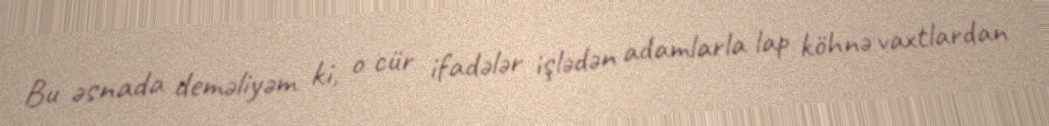
Bu əsnada deməliyəm ki, o cür ifadələr işlədən adamlarla lap köhnə vaxtlardan